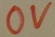
Text: 0V